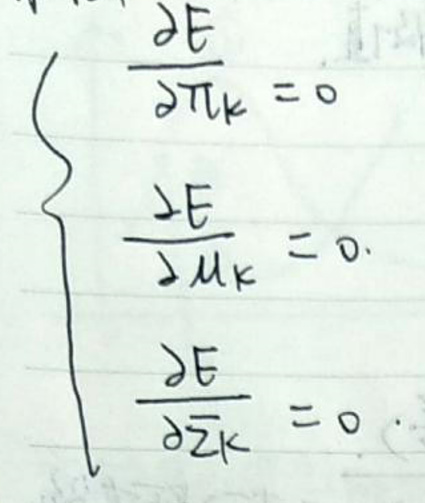
\[
\left\{
\begin{array}{l}
\frac{\partial E}{\partial \pi_{k}} = 0 \\
\frac{\partial E}{\partial \mu_{k}} = 0 \\
\frac{\partial E}{\partial \Sigma_{k}} = 0
\end{array}
\right.
\]